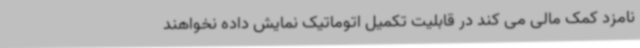
نامزد کمک مالی می کند در قابلیت تکمیل اتوماتیک نمایش داده نخواهند